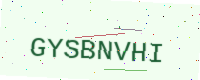
Text: GYSBNVHI